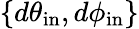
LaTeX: \{ d\theta_{\mathrm{in}},d\phi_{\mathrm{in}}\}